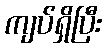
ကျပ်ရှိပြီး